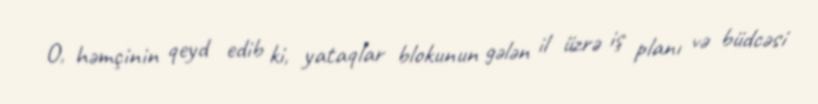
O, həmçinin qeyd edib ki, yataqlar blokunun gələn il üzrə iş planı və büdcəsi